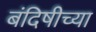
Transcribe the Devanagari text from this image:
बंदिषीच्या